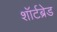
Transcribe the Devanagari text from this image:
शॉर्टब्रेड